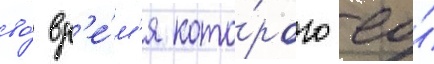
во́ вр'е́м'я кото́рого ео́